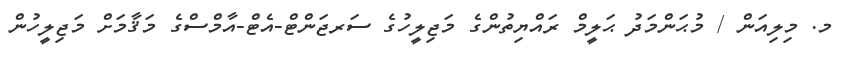
މ. މިލިއަން / މުޙަންމަދު ޙަލީމް ރައްޔިތުންގެ މަޖިލީހުގެ ސަރޖަންޓް-އެޓް-އާމްސްގެ މަޤާމަށް މަޖިލީހުން